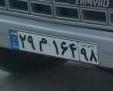
۲۹م۱۶۴۹۸